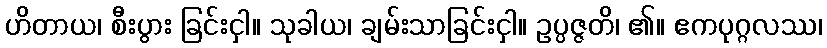
ဟိတာယ၊ စီးပွား ခြင်းငှါ။ သုခါယ၊ ချမ်းသာခြင်းငှါ။ ဥပ္ပဇ္ဇတိ၊ ၏။ ဧကပုဂ္ဂလဿ၊